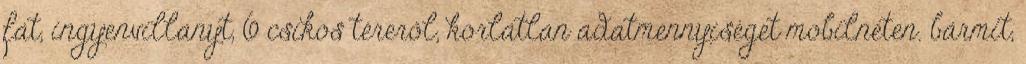
fát, ingyenvillanyt, 6 csíkos téreről, korlátlan adatmennyiséget mobilneten. bármit,